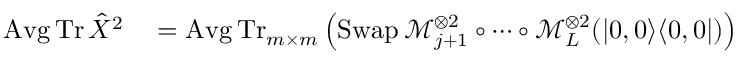
\begin{array} { r l } { \operatorname { A v g } \operatorname { T r } \hat { X } ^ { 2 } } & { { } \stackrel { } { = } \operatorname { A v g } \operatorname { T r } _ { m \times m } \left( \operatorname { S w a p } \mathcal { M } _ { j + 1 } ^ { \otimes 2 } \circ \dotsb \circ \mathcal { M } _ { L } ^ { \otimes 2 } ( | 0 , 0 \rangle \langle 0 , 0 | ) \right) } \end{array}